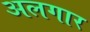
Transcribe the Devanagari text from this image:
अलगार